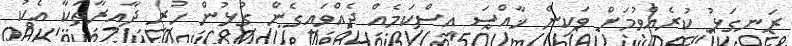
ރަނގަޅު ކުރެއްވުމަށް ވަކިން ޚާއްޞަ އިސްކަމެއް ދެއްވައިގެން ގުޅުން ހުރި ދާއިރާތަކާ އެކު